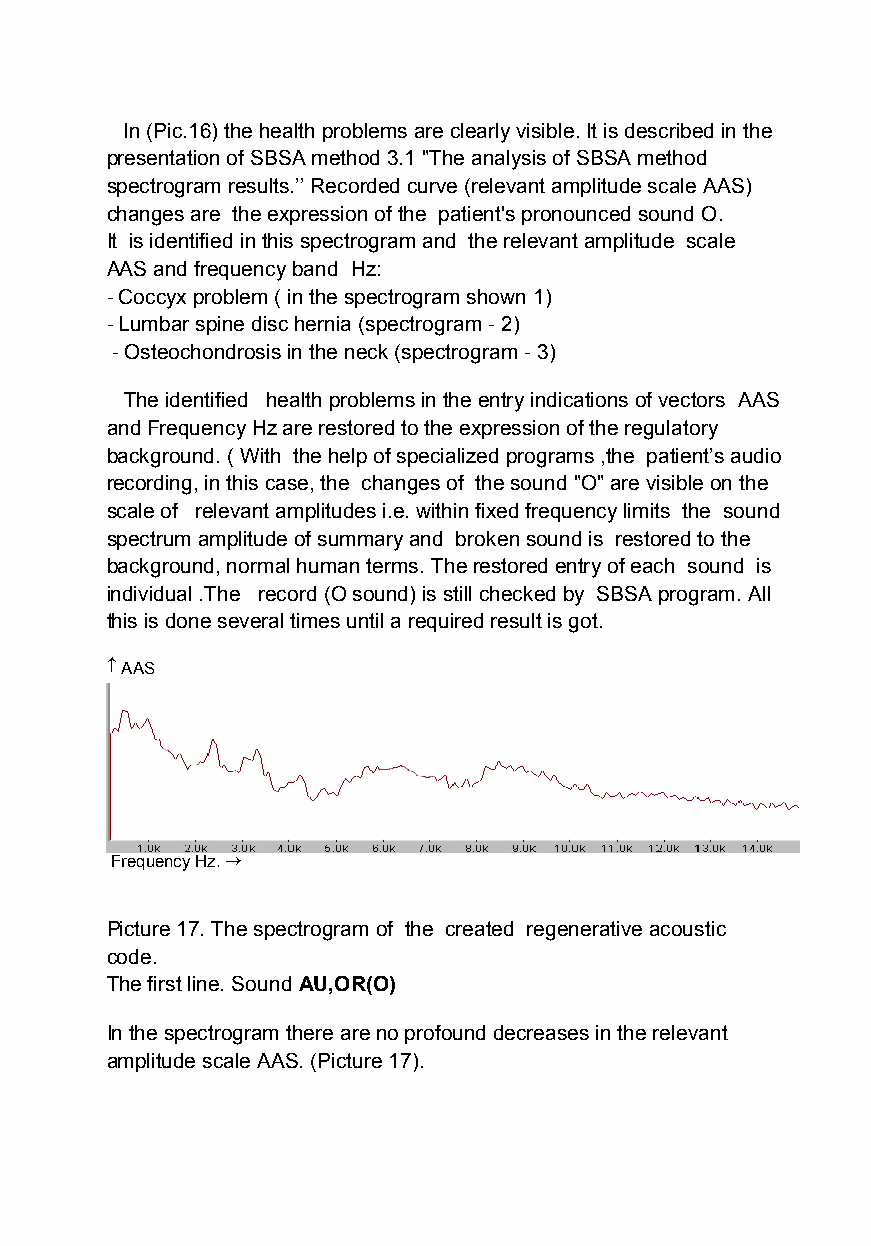
In (Pic.16) the health problems are clearly visible. It is described in the
 presentation of SBSA method 3.1 "The analysis of SBSA method
 spectrogram results.’’ Recorded curve (relevant amplitude scale AAS)
 changes are the expression of the patient's pronounced sound O.
 It is identified inthis spectrogram and the relevant amplitude scale
 AAS and frequency band Hz:
 - Coccyx problem ( in the spectrogram shown 1)
 - Lumbar spine disc hernia (spectrogram- 2)
 - Osteochondrosis in the neck (spectrogram - 3)
 The identified health problems in the entry indications of vectors AAS
 andFrequency Hz are restored to the expression of the regulatory
 background. ( With the help of specialized programs ,the patient’s audio
 recording, in this case, the changes of the sound "O" are visible on the
 scale of relevant amplitudes i.e. within fixed frequency limits the sound
 spectrum amplitude of summary and brokensound is restored to the
 background, normal human terms. Therestored entry of each sound is
 individual .The record(O sound) is still checked by SBSA program. All
 this is done several times until a required result is got.
  AAS
 Frequency Hz.
 Picture 17. The spectrogram of the created regenerative acoustic
 code.
 The first line. Sound AU,OR(O)
 In the spectrogram there areno profound decreases in the relevant
 amplitude scale AAS. (Picture 17).